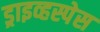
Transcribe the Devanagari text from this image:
ड्राइव्हस्पेस